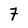
Character: 7